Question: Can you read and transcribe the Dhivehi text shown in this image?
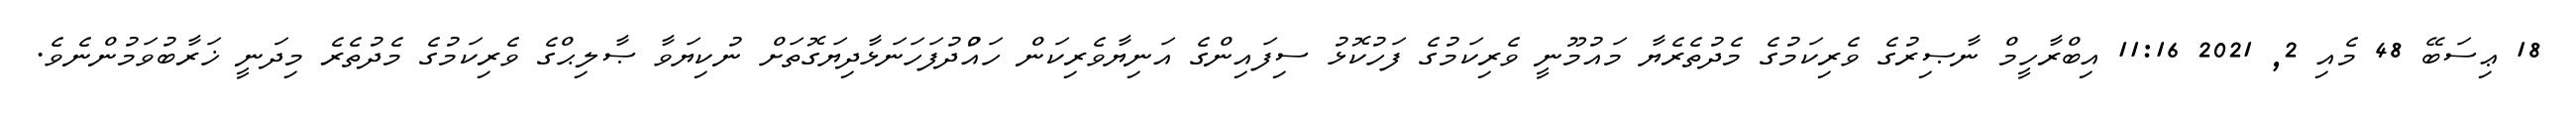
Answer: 18 ޢިސަބޭ 48 މެއި 2, 2021 11:16 އިބްރާހީމް ނާޞިރުގެ ވެރިކަމުގެ މެދުތެރެޔާ މައުމޫނީ ވެރިކަމުގެ ފަހުކޮޅު ސިފައިންގެ އަނިޔާވެރިކަން ހައްުދުފަހަނަޅާދިޔަގޮތަށް ނުކިޔަވާ ޞާލިޙްގެ ވެރިކަމުގެ މެދުތެރެ މިދަނީ ޚަރާބުވަމުންނެވެ.